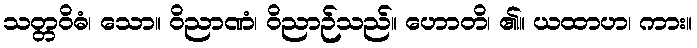
သတ္တဝိဓံ၊ သော။ ဝိညာဏံ၊ ဝိညာဉ်သည်။ ဟောတိ၊ ၏။ ယထာဟ၊ ကား။